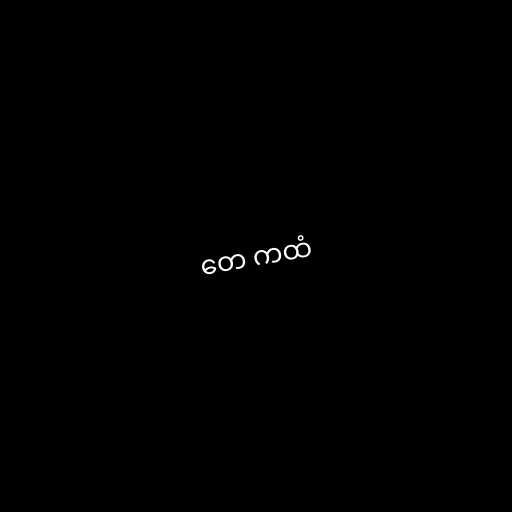
တေ ကထံ